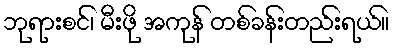
ဘုရားစင်၊ မီးဖို အကုန် တစ်ခန်းတည်းရယ်။